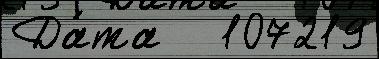
Да́та   107219